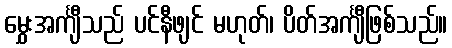
မွှေးအင်္ကျီသည် ပင်နီဖျင် မဟုတ်၊ ပိတ်အင်္ကျီဖြစ်သည်။